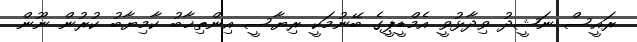
ރައީސް ނަޝީދު ވިދާޅުވީ އެމްޑީޕީގެ ބޭނުމަކީ ރިޔާސީ އިންތިޚާބު ކާމިޔާބު ކުރުން ނޫން